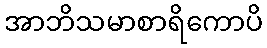
အာဘိသမာစာရိကောပိ